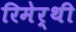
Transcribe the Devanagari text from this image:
रिमेर्थी